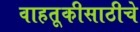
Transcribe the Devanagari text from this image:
वाहतूकीसाठीचे